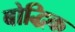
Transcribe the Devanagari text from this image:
बोद्धिक